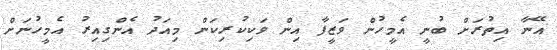
އޭނާ އިތުރަށް ބުނީ އެމީހުން ވަޒީފާ އިން ވަކިކުރިކަން މިއަދު އެންގިއިރު އެމީހުނަށް